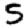
Digit: 5